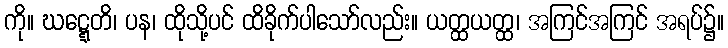
ကို။ ဃဋ္ဋေတိ၊ ပန၊ ထိုသို့ပင် ထိခိုက်ပါသော်လည်း။ ယတ္ထယတ္ထ၊ အကြင်အကြင် အရပ်၌။